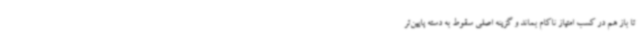
تا باز هم در کسب امتیاز ناکام بماند و گزینه اصلی سقوط به دسته پایین‌تر